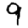
Digit: 9